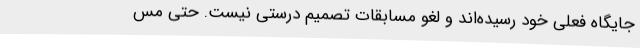
جایگاه فعلی خود رسیده‌اند و لغو مسابقات تصمیم درستی نیست. حتی مس